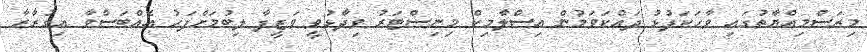
މިރަސްމިއްޔާތުގައި ވާހަކަފުޅު ދައްކަވަމުން އިސްލާމިކް މިނިސްޓަރު ވިދާޅުވީ ވަޒީފާ ލިބުމަށްފަހު އެއްބަސްވާ އިގުރާރާ